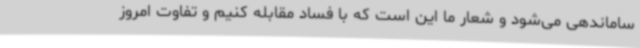
ساماندهی می‌شود و شعار ما این است که با فساد مقابله کنیم و تفاوت امروز